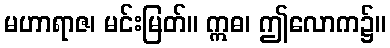
မဟာရာဇ၊ မင်းမြတ်။ ဣဓ၊ ဤလောက၌။